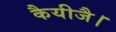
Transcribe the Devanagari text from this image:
कैयीजै।